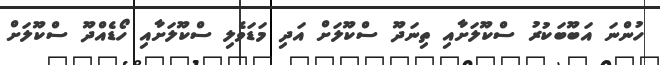
ހުންނަ އަބޫބަކުރު ސްކޫލަށާއި ތިނަދޫ ސްކޫލަށް އަދި މަޑަވެލި ސްކޫލަށާއި ހޯޑެއްދޫ ސްކޫލަށް